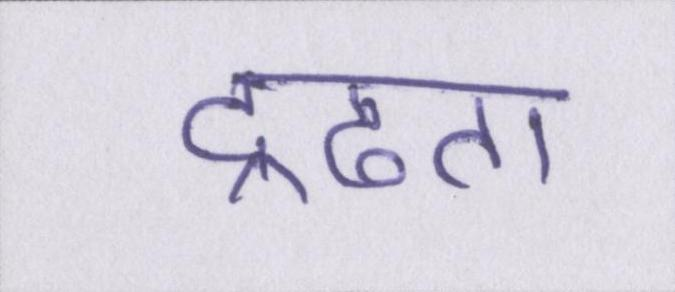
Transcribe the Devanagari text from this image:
द्रढता